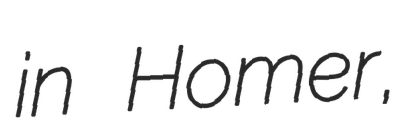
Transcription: in Homer,